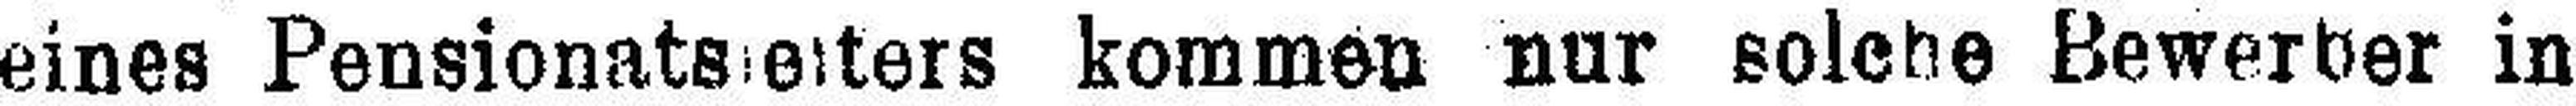
eines Pensionats###ters kommen nur solche Bewerber in